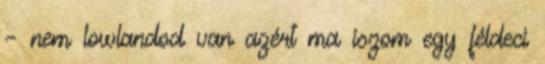
– nem lowlandod van azért ma iszom egy féldeci